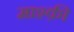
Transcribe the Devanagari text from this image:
माश्क़ी